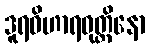
ဒူရဝိဟာရဝုတ္တိနော